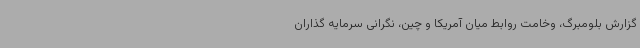
گزارش بلومبرگ، وخامت روابط میان آمریکا و چین، نگرانی سرمایه گذاران